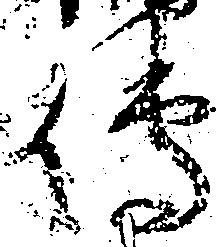
伝